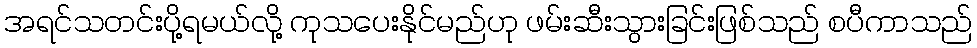
အရင်သတင်းပို့ရမယ်လို့ ကုသပေးနိုင်မည်ဟု ဖမ်းဆီးသွားခြင်းဖြစ်သည် စပီကာသည်